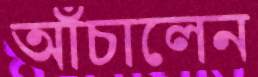
আঁচালেন